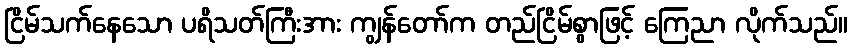
ငြိမ်သက်နေသော ပရိသတ်ကြီးအား ကျွန်တော်က တည်ငြိမ်စွာဖြင့် ကြေညာ လိုက်သည်။